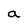
Character: a